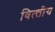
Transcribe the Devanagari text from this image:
वित्त्तीय